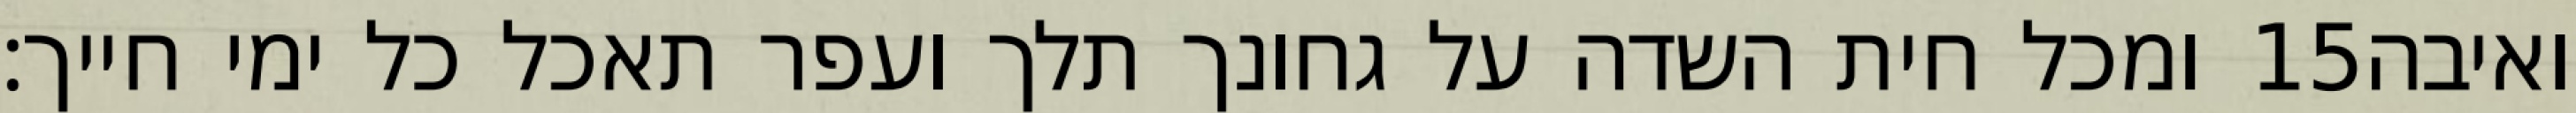
ומכל חית השדה על גחונך תלך ועפר תאכל כל ימי חייך׃ ‎15‏ ואיבה